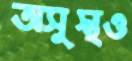
অসুস্থও